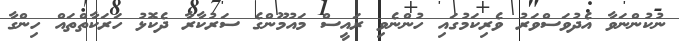
ނުކުންނަވާ އެދުވަސްވަރު ވެރިކަމުގައި ހުންނެވި ރައީސް މައުމޫންގެ ސަރުކާރާ ދެކޮޅު ހަރަކާތްތައް ހިންގާ